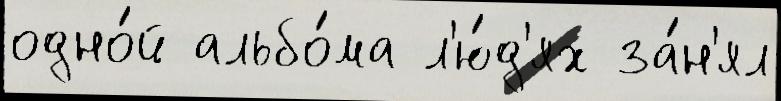
одно́й альбо́ма л'ю́д'ях за́н'ял